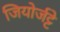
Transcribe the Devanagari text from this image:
जियोर्जट्टे